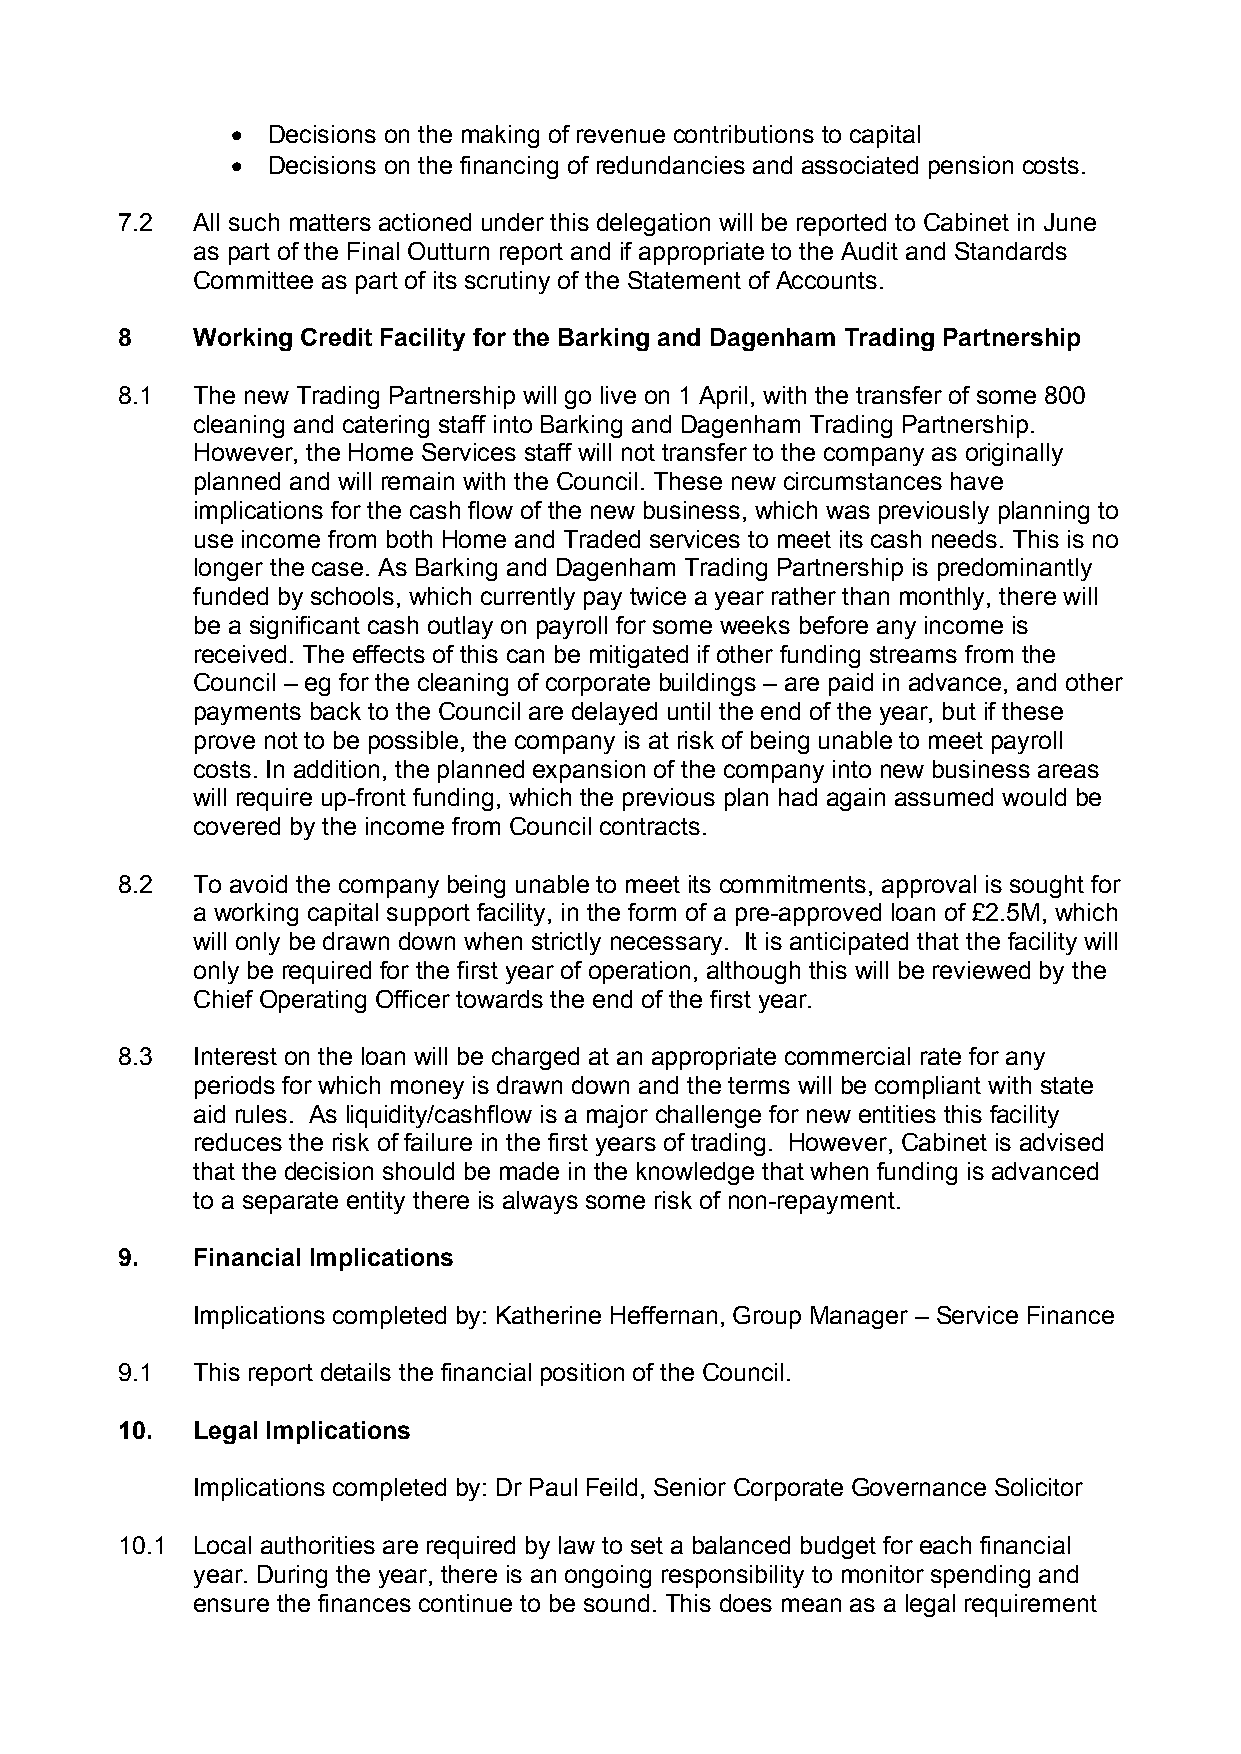
  Decisions on the making of revenue contributions to capital
   Decisions on the financing of redundancies and associated pension costs.
 7.2  All such matters actioned under this delegation will be reported to Cabinet in June
 as part of the Final Outturn report and if appropriate to the Audit and Standards
 Committee as part of its scrutiny of the Statement of Accounts.
 8    Working Credit Facility for the Barking and Dagenham Trading Partnership
 8.1  The new Trading Partnership will go live on 1 April, with the transfer of some 800
 cleaning and catering staff into Barking and Dagenham Trading Partnership.
 However, the Home Services staff will not transfer to the company as originally
 planned and will remain with the Council. These new circumstances have
 implications for the cash flow of the new business, which was previously planning to
 use income from both Home and Traded services to meet its cash needs. This is no
 longer the case. As Barking and Dagenham Trading Partnership is predominantly
 funded by schools, which currently pay twice a year rather than monthly, there will
 be a significant cash outlay on payroll for some weeks before any income is
 received. The effects of this can be mitigated if other funding streams from the
 Council – eg for the cleaning of corporate buildings – are paid in advance, and other
 payments back to the Council are delayed until the end of the year, but if these
 prove not to be possible, the company is at risk of being unable to meet payroll
 costs. In addition, the planned expansion of the company into new business areas
 will require up-front funding, which the previous plan had again assumed would be
 covered by the income from Council contracts.
 8.2  To avoid the company being unable to meet its commitments, approval is sought for
 a working capital support facility, in the form of a pre-approved loan of £2.5M, which
 will only be drawn down when strictly necessary. It is anticipated that the facility will
 only be required for the first year of operation, although this will be reviewed by the
 Chief Operating Officer towards the end of the first year.
 8.3  Interest on the loan will be charged at an appropriate commercial rate for any
 periods for which money is drawn down and the terms will be compliant with state
 aid rules. As liquidity/cashflow is a major challenge for new entities this facility
 reduces the risk of failure in the first years of trading. However, Cabinet is advised
 that the decision should be made in the knowledge that when funding is advanced
 to a separate entity there is always some risk of non-repayment.
 9.   Financial Implications
 Implications completed by: Katherine Heffernan, Group Manager – Service Finance
 9.1  This report details the financial position of the Council.
 10.  Legal Implications
 Implications completed by: Dr Paul Feild, Senior Corporate Governance Solicitor
 10.1 Local authorities are required by law to set a balanced budget for each financial
 year. During the year, there is an ongoing responsibility to monitor spending and
 ensure the finances continue to be sound. This does mean as a legal requirement